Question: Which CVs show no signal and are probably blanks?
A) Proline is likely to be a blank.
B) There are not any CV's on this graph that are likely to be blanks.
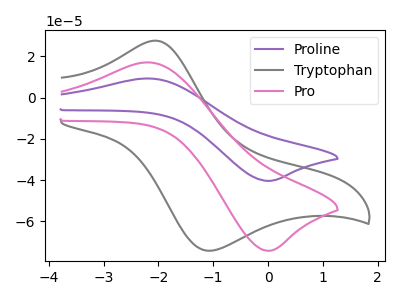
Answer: <think>The purple curve "Proline" has an anodic peak at (-2.20V, 9.30uA) and a cathodic peak at (0.05V, -40.35uA). The gray curve "Tryptophan" has an anodic peak at (-2.05V, 27.60uA) and a cathodic peak at (-1.10V, -74.10uA). The pink curve "Pro" has an anodic peak at (-2.20V, 17.05uA) and a cathodic peak at (0.05V, -74.20uA).</think>
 <answer>B) There are not any CV's on this graph that are likely to be blanks.</answer>
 <eval>B</eval>